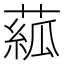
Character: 𦸷